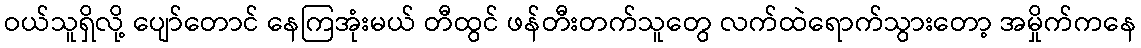
ဝယ်သူရှိလို့ ပျော်တောင် နေကြအုံးမယ် တီထွင် ဖန်တီးတက်သူတွေ လက်ထဲရောက်သွားတော့ အမှိုက်ကနေ